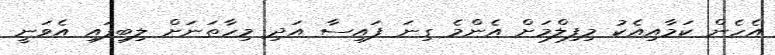
އެހެން ކަމާއިއެކު މިފިލްމަށް އެންމެ ގިނަ ފައިސާ އަދި މިހާތަނަށް ލިބިފައި އެވަނީ